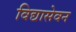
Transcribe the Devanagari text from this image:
विद्यासेवन